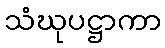
သံဃုပဋ္ဌာကာ